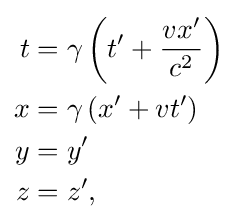
{\begin{aligned}t&=\gamma \left(t'+{\frac {vx'}{c^{2}}}\right)\\x&=\gamma \left(x'+vt'\right)\\y&=y'\\z&=z',\end{aligned}}